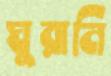
ঘুরানি